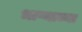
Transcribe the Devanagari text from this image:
भाष्याच्या